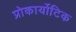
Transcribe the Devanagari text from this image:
प्रोकार्योटिक